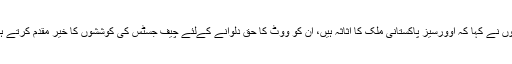
انہوں نے کہا کہ اوورسیز پاکستانی ملک کا اثاثہ ہیں، ان کو ووٹ کا حق دلوانے کےلئے چیف جسٹس کی کوششوں کا خیر مقدم کرتے ہیں۔